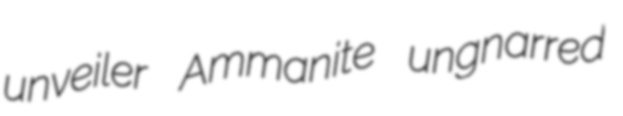
unveiler Ammanite ungnarred